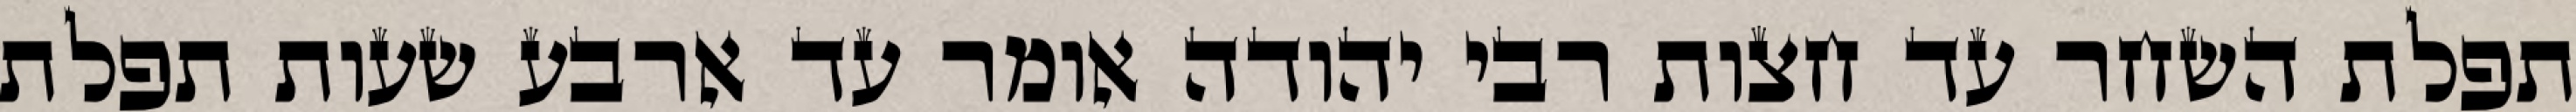
תפלת השחר עד חצות רבי יהודה אומר עד ארבע שעות תפלת